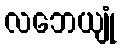
လဘေယျုံ